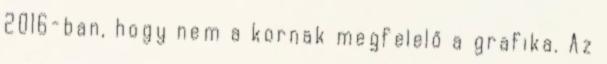
2016-ban, hogy nem a kornak megfelelő a grafika. Az